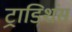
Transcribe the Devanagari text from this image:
ट्राडिशंस